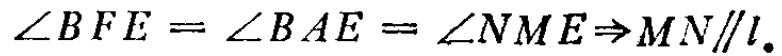
\(\angle BFE = \angle BAE = \angle NME\Rightarrow MN\parallel l.\)